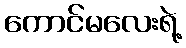
ကောင်မလေးရဲ့